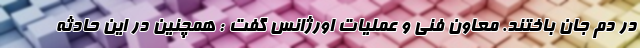
در دم جان باختند. معاون فنی و عملیات اورژانس گفت : همچنین در این حادثه